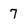
Character: 7